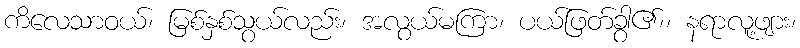
ကိလေသာဝယ်၊ မြစ်နှစ်သွယ်လည်း၊ အလွယ်မကြာ၊ ပယ်ဖြတ်ခွါ၏၊၊ နရာလူ့ဖျား၊